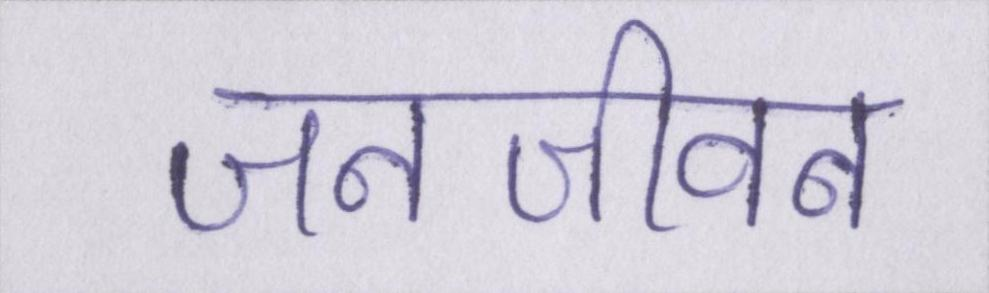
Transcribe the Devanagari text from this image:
जनजीवन